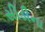
સીડીના